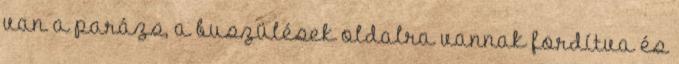
van a parázs, a buszülések oldalra vannak fordítva és